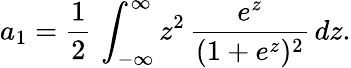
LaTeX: a_{1}=\frac{1}{2}\, \int_{-\infty}^{\infty}z^{2}\, \frac{e^{z}}{(1+e^{z})^{2}}\, dz.